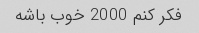
فکر کنم 2000 خوب باشه